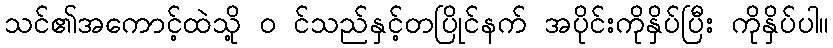
သင်၏အကောင့်ထဲသို့ ၀ င်သည်နှင့်တပြိုင်နက် အပိုင်းကိုနှိပ်ပြီး ကိုနှိပ်ပါ။